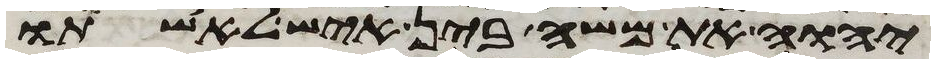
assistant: יהוה את משה בין איש לאשתו